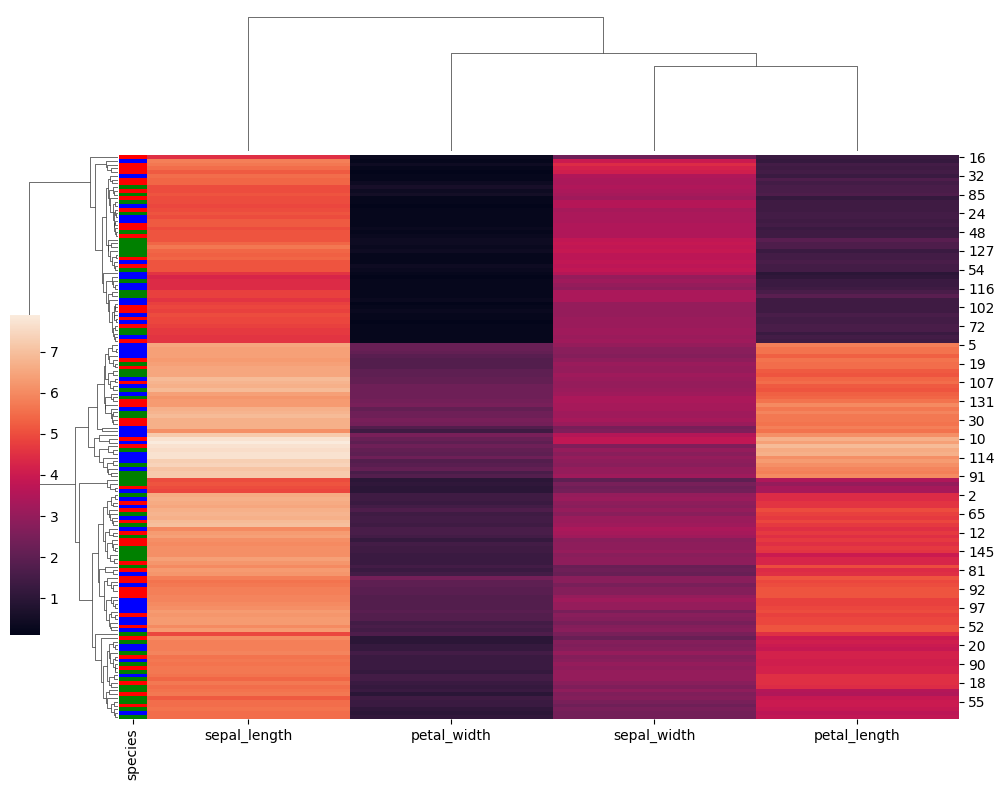
python, seaborn, clustermap, figsize=(10, 8), row_cluster=True, dendrogram_ratio=(0.1, 0.2), cbar_pos=(0, 0.2, 0.03, 0.4)